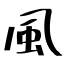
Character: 風